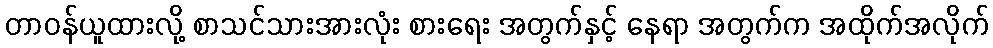
တာဝန်ယူထားလို့ စာသင်သားအားလုံး စားရေး အတွက်နှင့် နေရာ အတွက်က အထိုက်အလိုက်